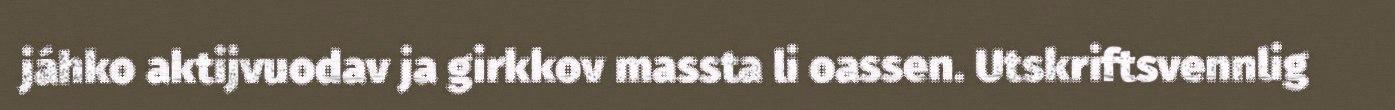
jáhko aktijvuodav ja girkkov massta li oassen. Utskriftsvennlig